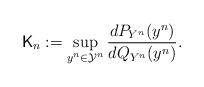
LaTeX: \begin{align*}\mathsf{K}_n := \sup_{y^n \in \mathcal{Y}^n} \frac{dP_{Y^n}(y^n)}{dQ_{Y^n}(y^n)}.\end{align*}